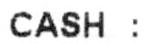
CASH :